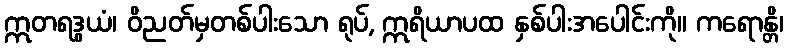
ဣတရဒွယံ၊ ဝိညတ်မှတစ်ပါးသော ရုပ်, ဣရိယာပထ နှစ်ပါးအပေါင်းကို။ ကရောန္တိ၊